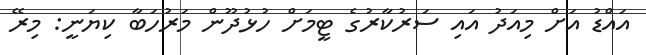
އައްޑު އަށް މިއަދު އައި ސަރުކާރުގެ ޓީމަށް ހުޅުދޫން މަރުހަބާ ކިޔަނީ: މިރޭ